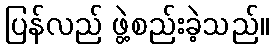
ပြန်လည် ဖွဲ့စည်းခဲ့သည်။